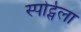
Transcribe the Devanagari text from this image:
स्पोर्ट्सला